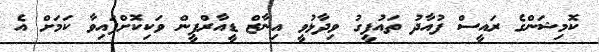
ކޮމިޝަންގެ ރައީސް ފުއާދު ތައުފީގު ވިދާޅުވީ އިނާޒް ޑީއާރްޕީން ވަކިކޮށްފައިވާ ކަމަށް އެ